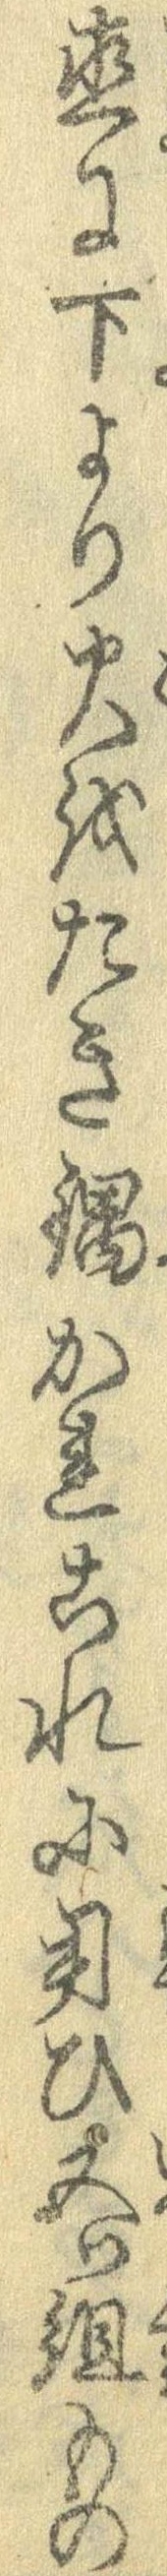
直に下より火をたき鍋かれこれに用ひ五つ組もの